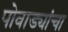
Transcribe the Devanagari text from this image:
पोवाड्यांचा